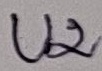
Text: U2